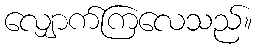
လျှောက်ကြလေသည်။